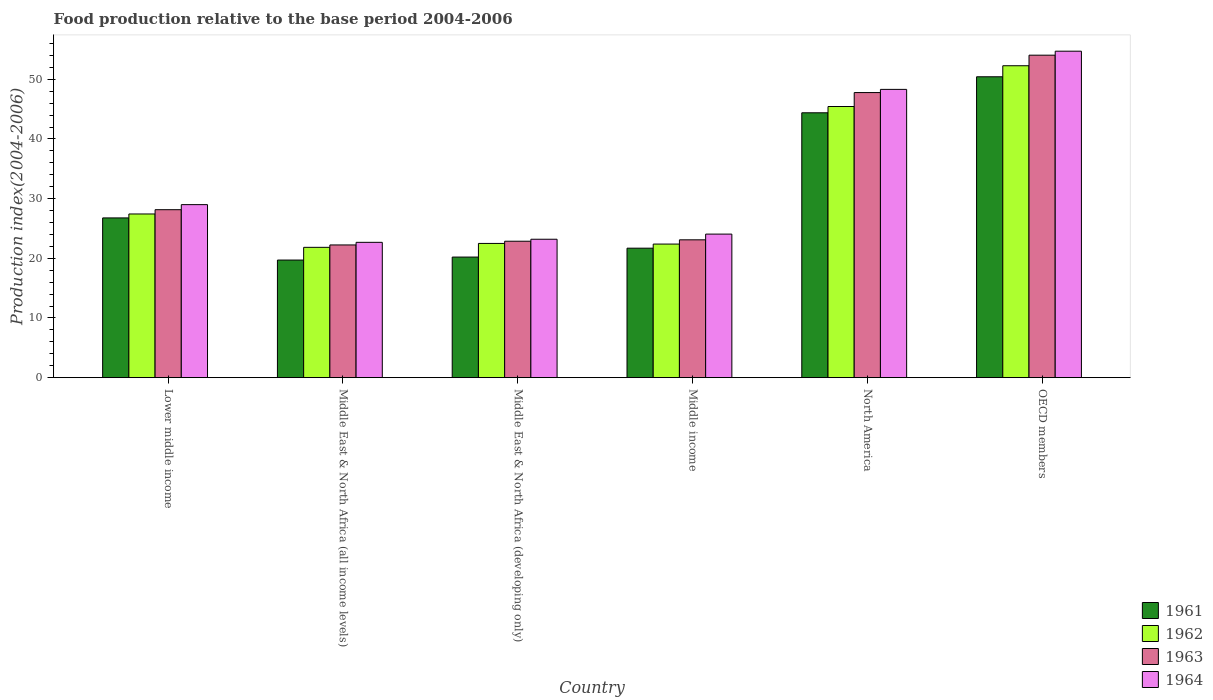
| Country | 1961 | 1962 | 1963 | 1964 |
 | --- | --- | --- | --- | --- |
 | Lower middle income | 26.8 | 27.4 | 28.1 | 29 |
 | Middle East & North Africa (all income levels) | 19.7 | 21.8 | 22.2 | 22.7 |
 | Middle East & North Africa (developing only) | 20.2 | 22.5 | 22.9 | 23.2 |
 | Middle income | 21.7 | 22.4 | 23.1 | 24.1 |
 | North America | 44.4 | 45.4 | 47.8 | 48.3 |
 | OECD members | 50.4 | 52.3 | 54 | 54.7 |